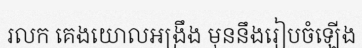
រលក គេងយោលអង្រឹង មុននឹងរៀបចំឡើង